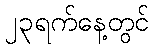
၂၃ရက်နေ့တွင်